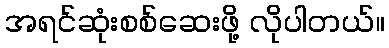
အရင်ဆုံးစစ်ဆေးဖို့ လိုပါတယ်။